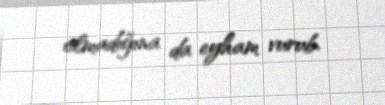
olmadığına da eyham vurub.